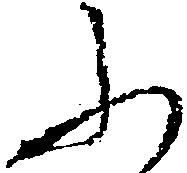
ふ